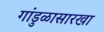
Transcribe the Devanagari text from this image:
गांडुळासारखा